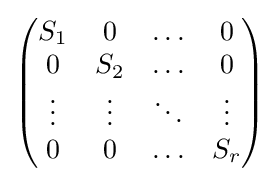
{\begin{pmatrix}S_{1}&0&\ldots &0\\0&S_{2}&\ldots &0\\\vdots &\vdots &\ddots &\vdots \\0&0&\ldots &S_{r}\end{pmatrix}}